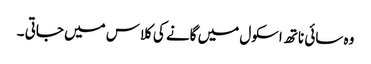
وہ سائی ناتھ اسکول میں گانے کی کلاس میں جاتی ۔